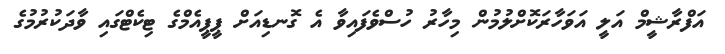
އަފްރާޝީމް އަލީ އަވަހާރަކޮށްލުމުން މިހާރު ހުސްވެފައިވާ އެ ގޮނޑިއަށް ޕީޕީއެމްގެ ޓިކެޓްގައި ވާދަކުރުމުގެ